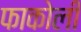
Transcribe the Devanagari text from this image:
फाकोली